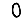
Digit: 0